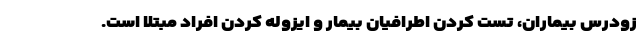
زودرس بیماران، تست کردن اطرافیان بیمار و ایزوله کردن افراد مبتلا است.